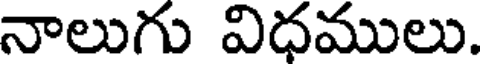
నాలుగు విధములు.